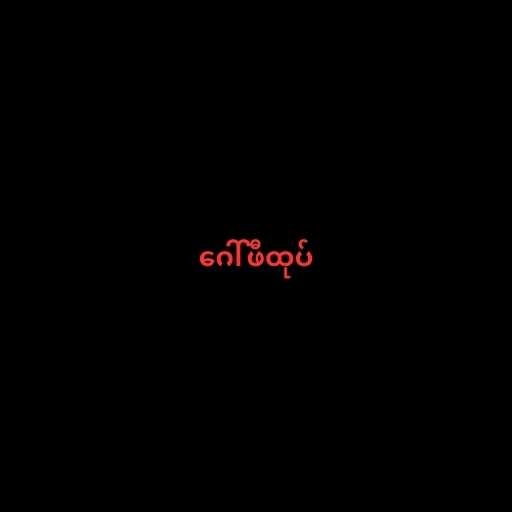
ဂေါ်ဖီထုပ်